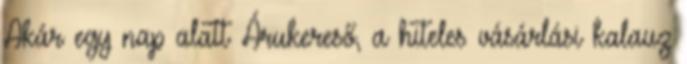
Akár egy nap alatt Árukereső, a hiteles vásárlási kalauz